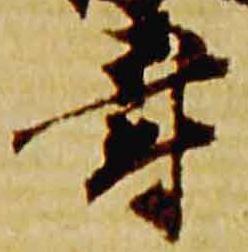
寿